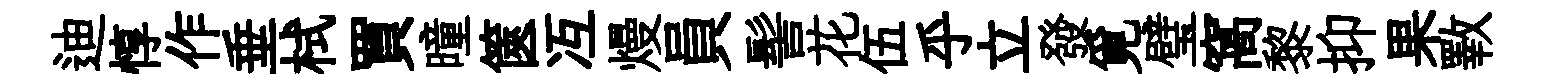
迪惇作垂栻買曈篋冱熳員髻花伍乎立發覓璧窩黎抑果斁